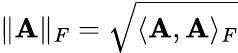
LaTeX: \| \mathbf{A}\| _{F}=\sqrt{\langle\mathbf{A},\mathbf{A}\rangle_{F}}